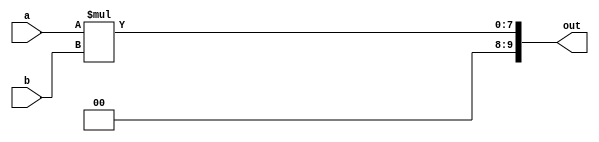
module multiplier_4_bit_21BCE3546(a, b, out);
input [3:0] a;
input [3:0] b;
output [9:0] out;
assign out=(a*b);
endmodule
module multipliert_b;
reg [3:0] a;
reg [3:0] b;
wire [9:0] out;
integer i;
multiplier_4_bit_21BCE3546 uut (.a(a),.b(b),.out(out) );
initial
begin
$display("21BCE3546 - 4 bit (4X4) Multiplier output table ");
a<=0;b<=0;
$monitor("|a=%0d| b=%0d| out=%0d| ",a,b,out);
 for(i=0;i<256 ;i=i+1)
 begin
 {a,b} = i; #1;
 end
end
endmodule